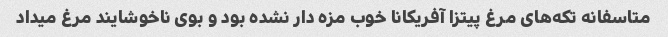
متاسفانه تکه‌های مرغ پیتزا آفریکانا خوب مزه دار نشده بود و بوی ناخوشایند مرغ میداد